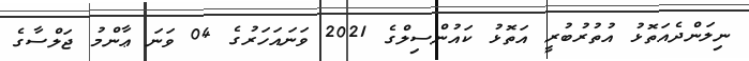
ނިލަންދެއަތޮޅު އުތުރުބުރީ އަތޮޅު ކައުންސިލްގެ 2021 ވަނައަހަރުގެ 04 ވަނަ ޢާންމު ޖަލްސާގެ